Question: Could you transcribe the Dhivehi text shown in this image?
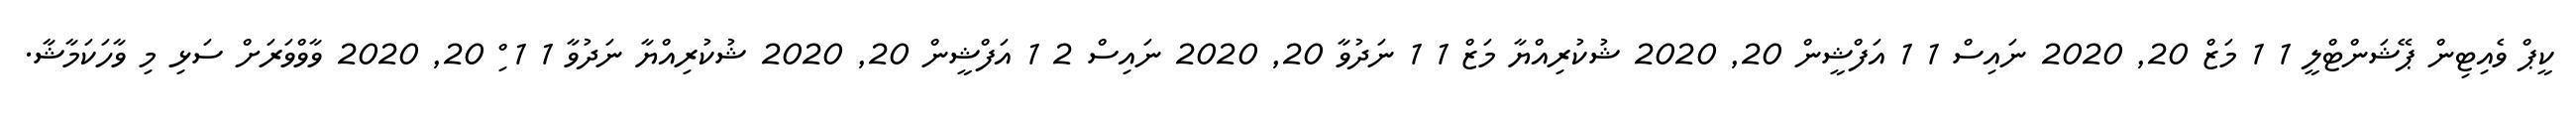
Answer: ކީޕް ވެއިޓިން ޕޭޝަންޓްލީ 1 1 މަޒް 20, 2020 ނައިސް 1 1 އަފްޝީން 20, 2020 ޝުކުރިއްޔާ މަޒް 1 1 ނަދުވާ 20, 2020 ނައިސް 2 1 އަފްޝީން 20, 2020 ޝުކުރިއްޔާ ނަދުވާ 1 1 ިް 20, 2020 ވާވްވަރަށް ސަޅި މި ވާހަކަމާޝާ.